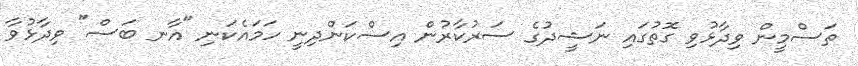
ތަސްމީން ވިދާޅުވި ގޮތުގައި ނަޝީދުގެ ސަރުކާރުން އިސްކަންދިނީ ހަމައެކަނި "އާނ ބަސް" ވިދާޅުވާ